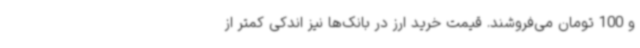
و 100 تومان می‌فروشند. قیمت خرید ارز در بانک‌ها نیز اندکی کمتر از